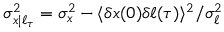
\sigma _ { x | \ell _ { \tau } } ^ { 2 } = \sigma _ { x } ^ { 2 } - \langle \delta x ( 0 ) \delta \ell ( \tau ) \rangle ^ { 2 } / \sigma _ { \ell } ^ { 2 }